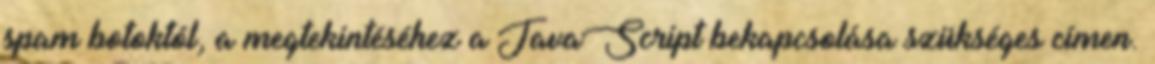
spam botoktól, a megtekintéséhez a JavaScript bekapcsolása szükséges címen.